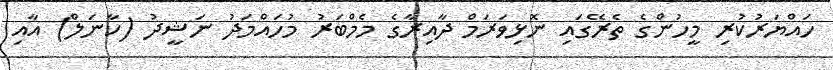
ހައްޔަރުކުރި މީހުންގެ ތެރޭގައި ނޮޅިވަރަމް ދާއިރާގެ މެމްބަރު މުހައްމަދު ނަޝީދު (ކާނަލް) އާއި